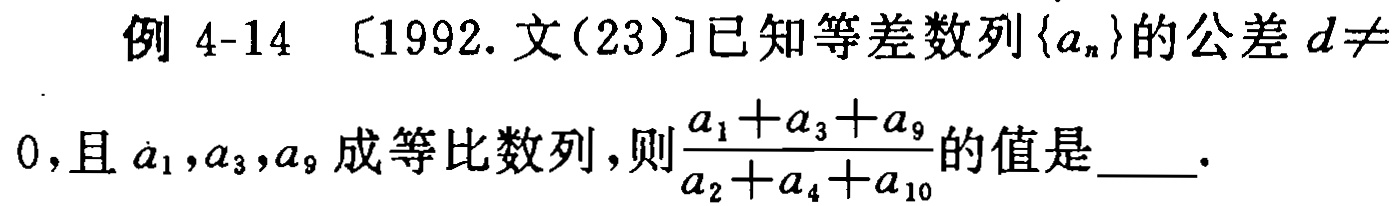
例 4-14 [1992.文(23)]已知等差数列\(\{a_{n}\}\)的公差\(d\neq 0\)，且\(a_{1},a_{3},a_{9}\)成等比数列，则\(\frac{a_{1}+a_{3}+a_{9}}{a_{2}+a_{4}+a_{10}}\)的值是  ．